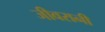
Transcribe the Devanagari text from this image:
जीवरानी